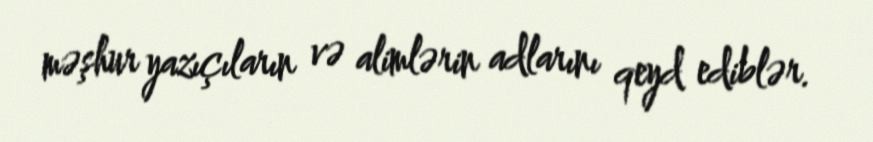
məşhur yazıçıların və alimlərin adlarını qeyd ediblər.